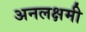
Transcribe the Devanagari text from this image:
अनलक्षमी